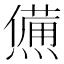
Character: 㷶